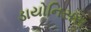
ડાયોનિસસ